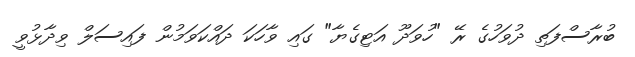
ބުރާސްފަތި ދުވަހުގެ ރޭ "ހުވަދޫ އަޓިގެޔާ" ގައި ވާހަކަ ދައްކަަވަމުން ފައިސަލް ވިދާޅުވީ